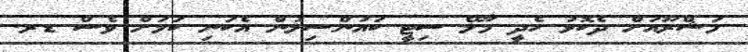
މަޝްރޫއަށް ދެކޮޅު ހެދީ މާލޭ ސިޓީ ކައުންސިލުން އެކަނި ކަމަށް ވެސް ޑރ.